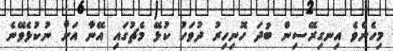
މިހެންވެ އިނގިރޭސިން ބުދަ ހޮނިހިރު ދުވަހު ކުޅޭ މެޗުގައި އޭނާ އަށް ނުކުޅެވޭނެ